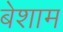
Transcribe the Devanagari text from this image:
बेशाम